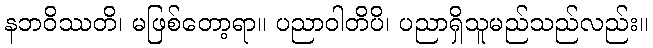
နဘဝိဿတိ၊ မဖြစ်တော့ရာ။ ပညာဝါတိပိ၊ ပညာရှိသူမည်သည်လည်း။